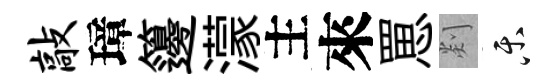
敲璋籩濛主來罳剡乐